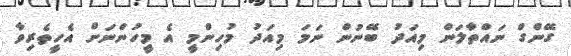
ގޭންގް ނައްތާލަން މިއަދު ބޭނުން ނަމަ މިއަދު މުހިންމީ އެ މީހުންނަށް އެހީތެރިވާ